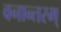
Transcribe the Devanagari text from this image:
वनान्तरम्